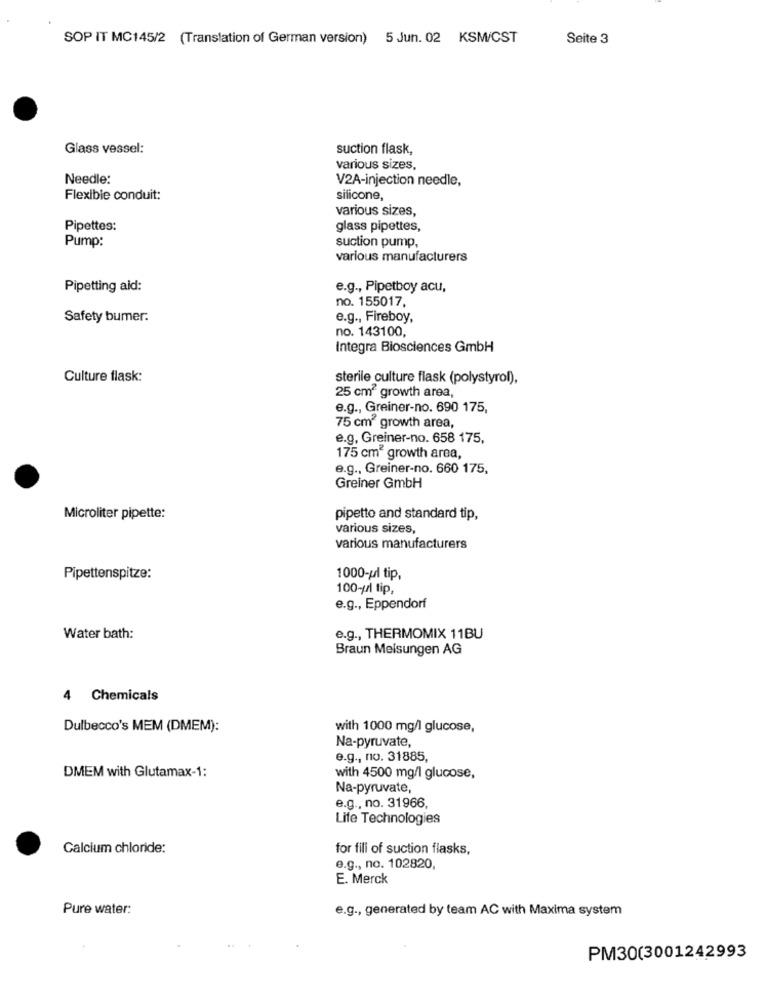
SOP IT MC145/2 (Translation of German version) 5 Jun. 02 KSM/CST
Seite 3
Glass vessel:
suction flask,
various sizes,
Needle:
V2A-injection needle,
Flexible conduit:
silicone,
various sizes,
Pipettes:
glass pipettes,
Pump:
suction pump,
various manufacturers
Pipetting aid:
e.g ., Pipetboy acu,
no. 155017,
Safety bumer.
e.g ., Fireboy,
no. 143100,
Integra Biosciences GmbH
Culture flask:
sterile culture flask (polystyrol),
25 cm2 growth area,
e.g ., Greiner-no. 690 175,
75 cm growth area,
e.g, Greiner-no. 658 175,
175 cm2 growth area,
e.g ., Greiner-no. 660 175,
Greiner GmbH
Microliter pipette:
pipetto and standard tip,
various sizes,
various manufacturers
Pipettenspitze:
1000-pl tip,
100-//l tip,
e.g ., Eppendorf
Water bath:
e.g ., THERMOMIX 11BU
Braun Melsungen AG
4 Chemicals
Dulbecco's MEM (DMEM):
with 1000 mg/l glucose,
Na-pyruvate,
e.g ., no. 31885,
DMEM with Glutamax-1:
with 4500 mg/l glucose,
Na-pyruvate,
e.g ., no. 31966,
Life Technologies
Calcium chloride:
for fili of suction flasks,
e.g ., no. 102820,
E. Merck
Pure water:
e.g ., generated by team AC with Maxima system
PM30(3001242993